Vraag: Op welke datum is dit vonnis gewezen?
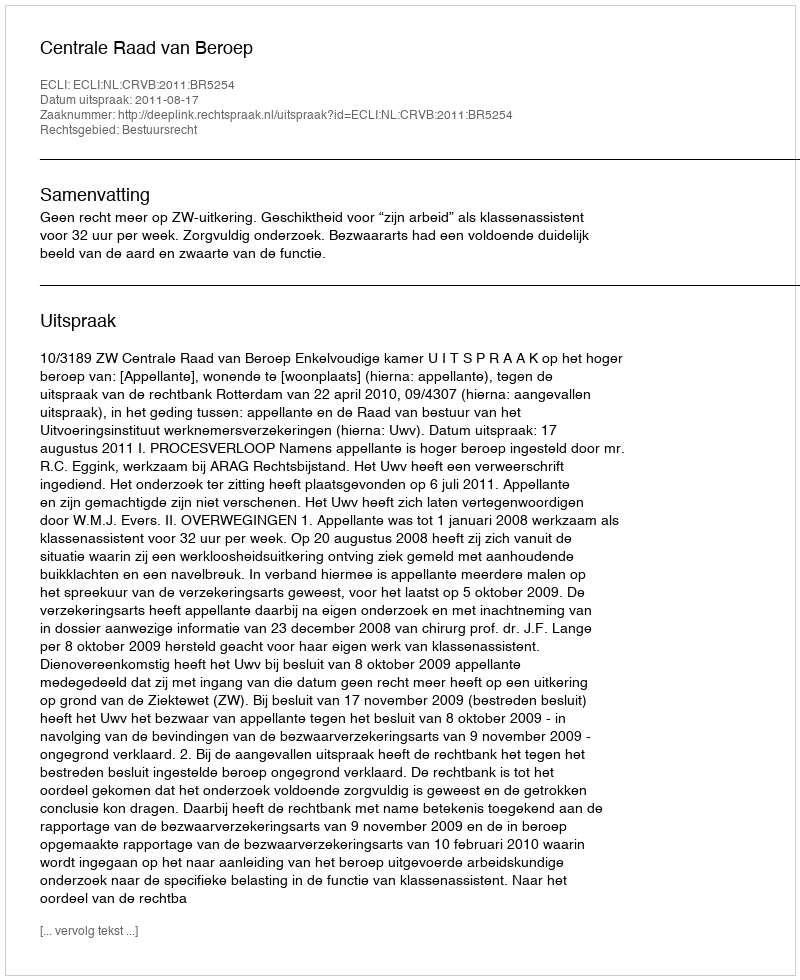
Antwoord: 2011-08-17